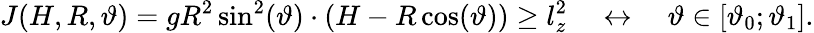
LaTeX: J(H,R,\vartheta)=gR^{2}\sin^{2}(\vartheta)\cdot(H-R\cos(\vartheta))\geq l_{z}^{2}~~~~\leftrightarrow~~~~\vartheta\in[\vartheta_{0};\vartheta_{1}].